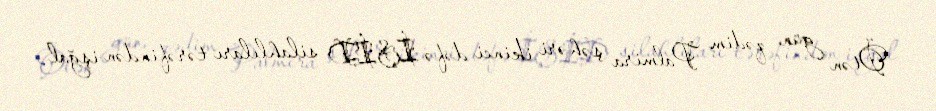
Ötən gün qədim Palmira şəhəri ikinci dəfə İŞİD silahlıları tərəfindən işğal